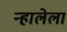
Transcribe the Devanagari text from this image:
न्हालेला